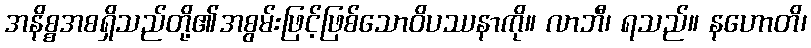
အနိစ္စအစရှိသည်တို့၏အစွမ်းဖြင့်ဖြစ်သောဝိပဿနာကို။ လာဘီ၊ ရသည်။ နဟောတိ၊